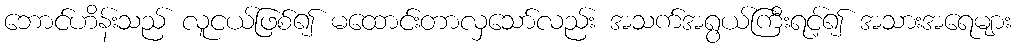
ဘောင်ဟိန်းသည် လူငယ်ဖြစ်၍ မထောင်းတာလှသော်လည်း အသက်အရွယ်ကြီးရင့်၍ အသားအရေများ